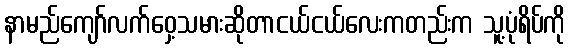
နာမည်ကျော်လက်ဝှေ့သမားဆိုတာငယ်ငယ်လေးကတည်းက သူ့ပုံရိပ်ကို